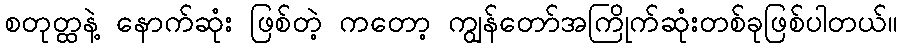
စတုတ္ထနဲ့ နောက်ဆုံး ဖြစ်တဲ့ ကတော့ ကျွန်တော်အကြိုက်ဆုံးတစ်ခုဖြစ်ပါတယ်။